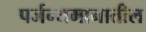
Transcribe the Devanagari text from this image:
पर्जन्यमानातील